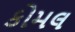
કોમલ